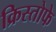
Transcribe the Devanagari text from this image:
क्रिस्तोफे